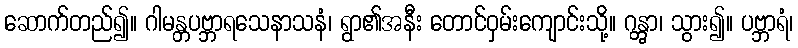
ဆောက်တည်၍။ ဂါမန္တပဗ္ဘာရသေနာသနံ၊ ရွာ၏အနီး တောင်ဝှမ်းကျောင်းသို့။ ဂန္တွာ၊ သွား၍။ ပဗ္ဘာရံ၊